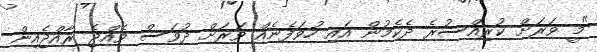
"މީ ވަރަށް ކުރިއްސުރެ ދެކެމުން އައި ހުވަފެނެއް ވަރަށް ދުވަސް ވެއްޖެ ރާއްޖެއިން